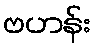
ဗဟန်း